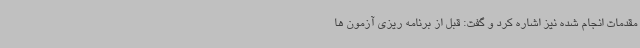
مقدمات انجام شده نیز اشاره کرد و گفت: قبل از برنامه ریزی آزمون ها